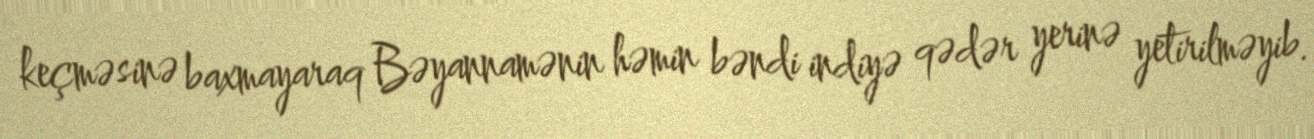
keçməsinə baxmayaraq Bəyannamənin həmin bəndi indiyə qədər yerinə yetirilməyib.